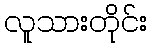
လူသားတိုင်း